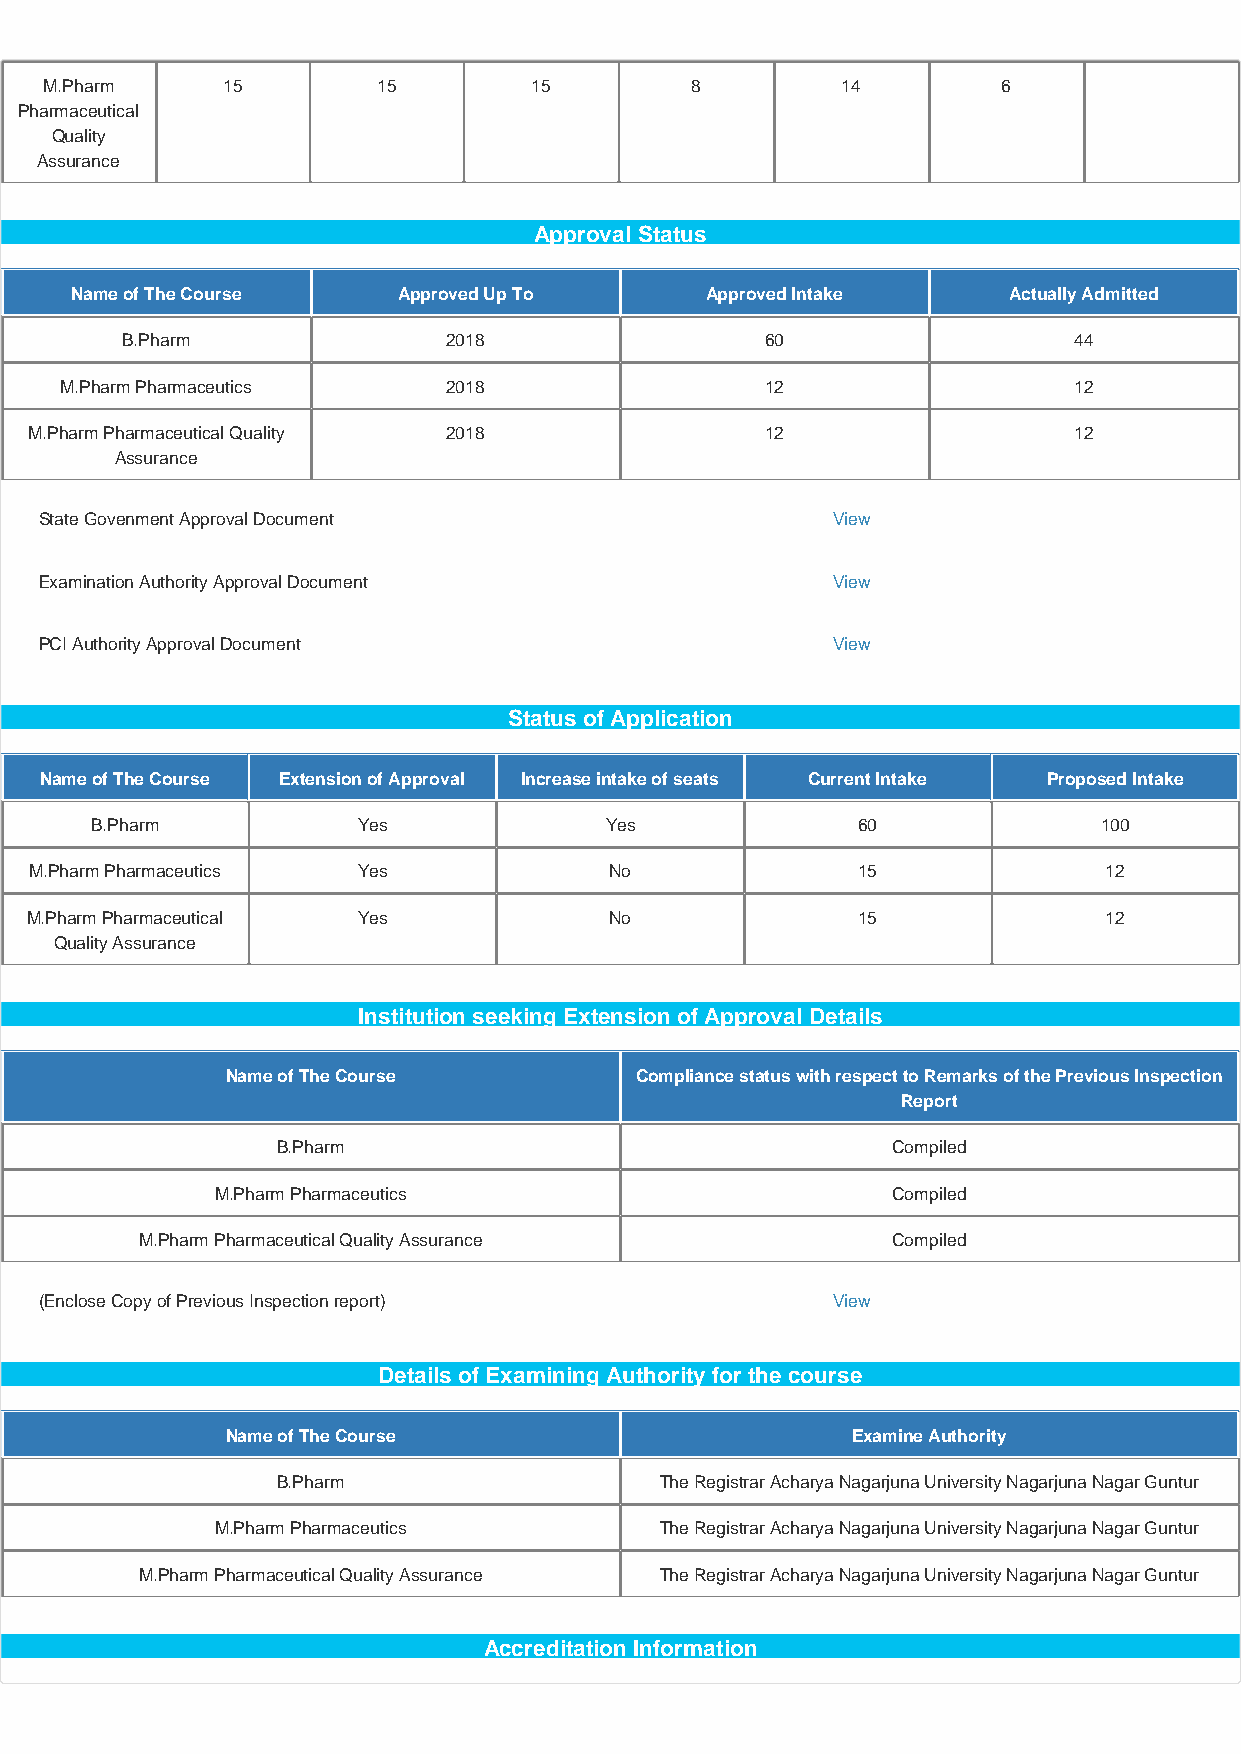
M.Pharm     15        15        15         8         14        6
 Pharmaceutical
 Quality
 Assurance
 Approval Status
 Name of The Course   Approved Up To       Approved Intake     Actually Admitted
 B.Pharm              2018                  60                  44
 M.Pharm Pharmaceutics    2018                  12                  12
 M.Pharm Pharmaceutical Quality 2018              12                  12
 Assurance
 State Govenment Approval Document                   View
 Examination Authority Approval Document             View
 PCI Authority Approval Document                     View
 Status of Application
 Name of The Course Extension of Approval Increase intake of seats Current Intake Proposed Intake
 B.Pharm           Yes             Yes              60              100
 M.Pharm Pharmaceutics Yes             No               15              12
 M.Pharm Pharmaceutical Yes            No               15              12
 Quality Assurance
 Institution seeking Extension of Approval Details
 Name of The Course         Compliance status with respect to Remarks of the Previous Inspection
 Report
 B.Pharm                                  Compiled
 M.Pharm Pharmaceutics                        Compiled
 M.Pharm Pharmaceutical Quality Assurance          Compiled
 (Enclose Copy of Previous Inspection report)        View
 Details of Examining Authority for the course
 Name of The Course                       Examine Authority
 B.Pharm                   The Registrar Acharya Nagarjuna University Nagarjuna Nagar Guntur
 M.Pharm Pharmaceutics         The Registrar Acharya Nagarjuna University Nagarjuna Nagar Guntur
 M.Pharm Pharmaceutical Quality Assurance The Registrar Acharya Nagarjuna University Nagarjuna Nagar Guntur
 Accreditation Information